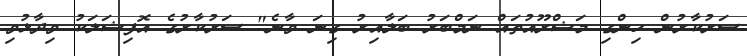
ސަރުކާރުން ހިންގި މަޝްރޫއުތައް ނަމްބަރު ބަލާއިރު ގިނަ ވާނެ" ސަރުކާރުގެ އޮފިޝަލަކު ވިދާޅުވި